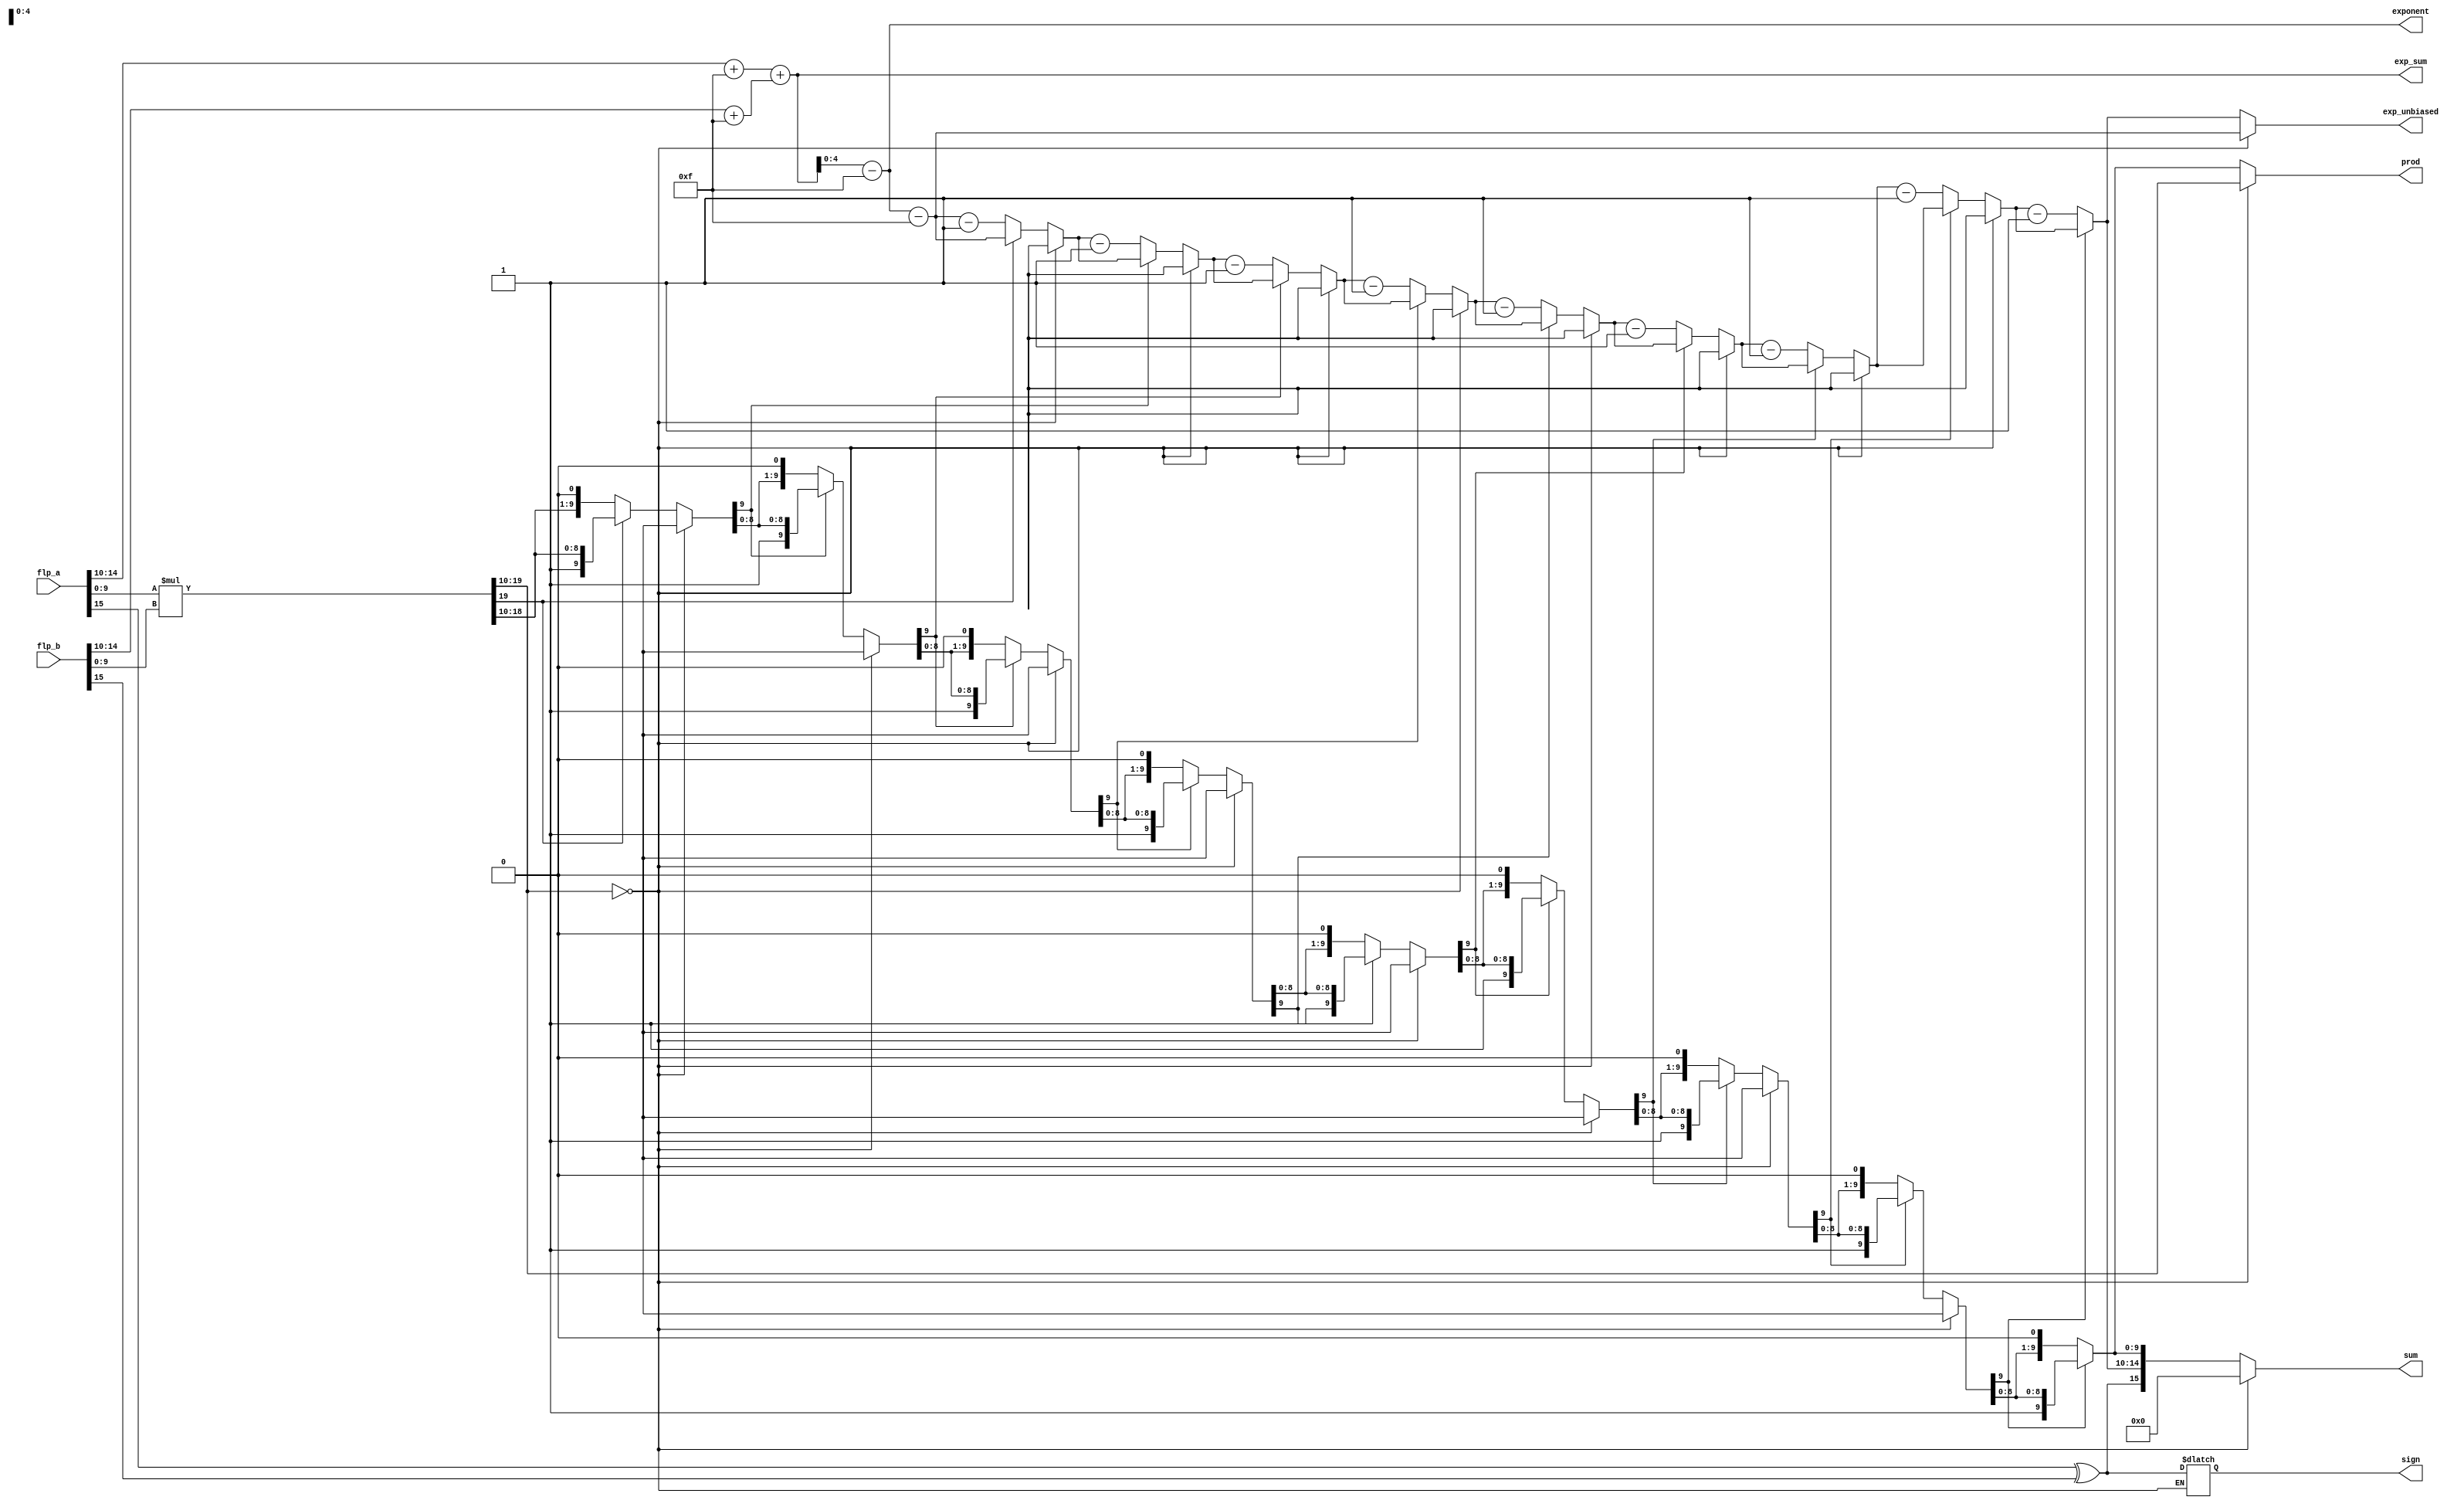
// Code your design here
`timescale 1ns / 1ps
////////////////////////////////////////////////////////////////////////////////
// Company:
// Engineer:
//
// Design Name:
// Module Name: mul
// Project Name:
// Target Devices:
// Tool versions:
// Description:
//
// Dependencies:
//
// Revision:
// Revision 0.01 - File Created
// Additional Comments:
//
////////////////////////////////////////////////////////////////////////////////

// Behavioral floating-point multiplication
module mul (flp_a, flp_b, sign, exponent, exp_unbiased, exp_sum, prod, sum);
  input [15:0] flp_a, flp_b;
  output sign;
  output [4:0] exponent, exp_unbiased;
  output [5:0] exp_sum;
  output [9:0] prod;
  output [15:0] sum;

  // Variables used in an always block are declared as registers
  integer i;
  reg sign_a, sign_b;
  reg [4:0] exp_a, exp_b;
  reg [4:0] exp_a_bias, exp_b_bias;
  reg [5:0] exp_sum;
  reg [9:0] fract_a, fract_b;
  reg [19:0] prod_dbl;
  reg [9:0] prod;
  reg sign;
  reg [15:0] sum;
  reg [4:0] exponent, exp_unbiased;

  // Define sign, exponent, and fraction
  always @ (flp_a or flp_b) begin
    sign_a = flp_a[15];
    sign_b = flp_b[15];
    exp_a = flp_a[14:10];
    exp_b = flp_b[14:10];
    fract_a = flp_a[9:0];
    fract_b = flp_b[9:0];

    // Bias exponents
    exp_a_bias = exp_a + 5'b0111_1;
    exp_b_bias = exp_b + 5'b0111_1;

    // Add exponents
    exp_sum = exp_a_bias + exp_b_bias;

    // Remove one bias
    exponent = exp_sum - 5'b0111_1;
    exp_unbiased = exponent - 5'b0111_1;

    // Multiply fractions
    // if (flp_a != 0 || flp_b!=0) begin
    prod_dbl = fract_a * fract_b;
    prod = prod_dbl[19:10];

    // Postnormalize product
    if (prod == 0) begin
      sum = 16'b0;
    end else begin
      for (i = 0; i < 9; i = i + 1) begin
        if (prod[9] == 0) begin
          prod = prod << 1;
          exp_unbiased = exp_unbiased - 1;
        end
        sign = sign_a ^ sign_b;
        sum = {sign, exp_unbiased, prod};
      end
    end
  end
endmodule